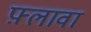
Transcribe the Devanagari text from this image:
फ़्लावा